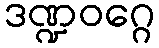
ဒဏ္ဍဝဂ္ဂေ